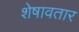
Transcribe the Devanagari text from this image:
शेषावतार